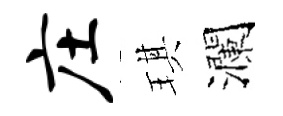
庄琪瀾